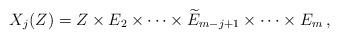
LaTeX: \begin{align*} X_{j}(Z) = Z \times E_{2} \times \dotsb \times \widetilde{E}_{m-j+1} \times \dotsb \times E_{m}\,,\end{align*}